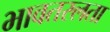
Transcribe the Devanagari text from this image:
भावतरलता